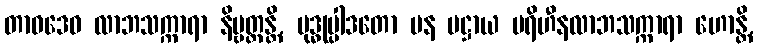
တာဝဒေဝ လာဘသက္ကာရာ နိဗ္ဗတ္တန္တိ, ဗုဒ္ဓုပ္ပါဒတော ပန ပဋ္ဌာယ ပရိဟီနလာဘသက္ကာရာ ဟောန္တိ,